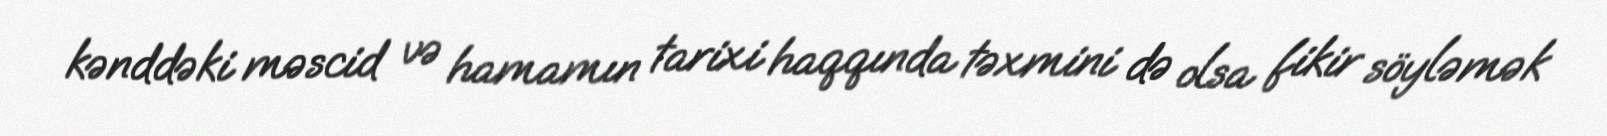
kənddəki məscid və hamamın tarixi haqqında təxmini də olsa fikir söyləmək